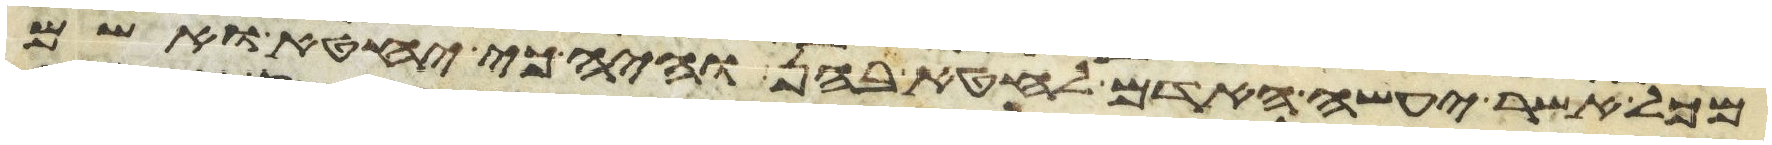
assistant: מכל אשר יעשה האדם לחטא בהן והיה כי יחטא ואשם